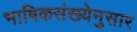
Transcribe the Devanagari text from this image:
भाषिकसंख्येनुसार